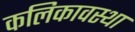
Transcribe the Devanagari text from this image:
कलिकावस्था